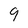
Character: 9